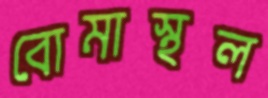
বোমাস্থল